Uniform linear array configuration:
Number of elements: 48
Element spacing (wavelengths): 0.75
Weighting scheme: cosine
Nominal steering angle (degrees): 30
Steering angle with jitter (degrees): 31.724
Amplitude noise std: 0.05
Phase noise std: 0.05

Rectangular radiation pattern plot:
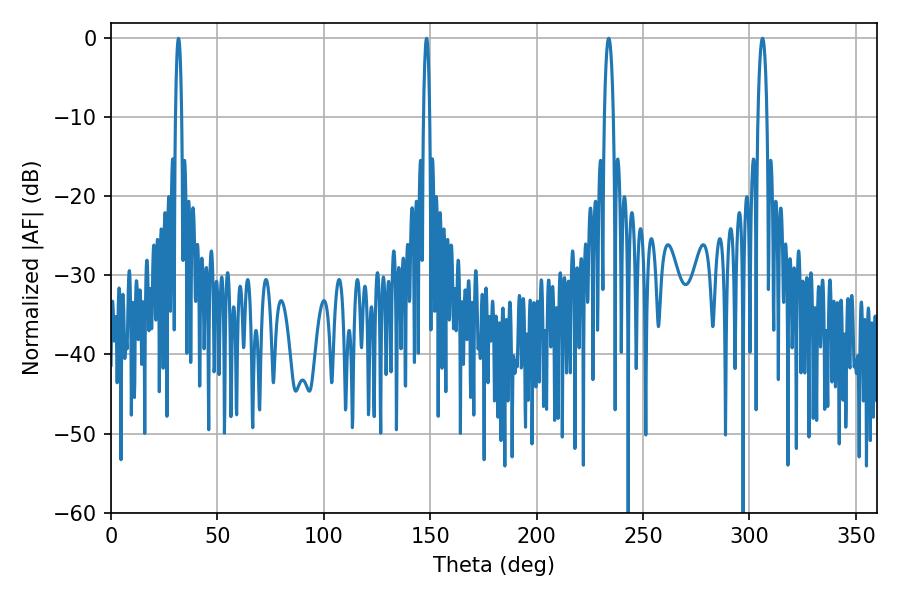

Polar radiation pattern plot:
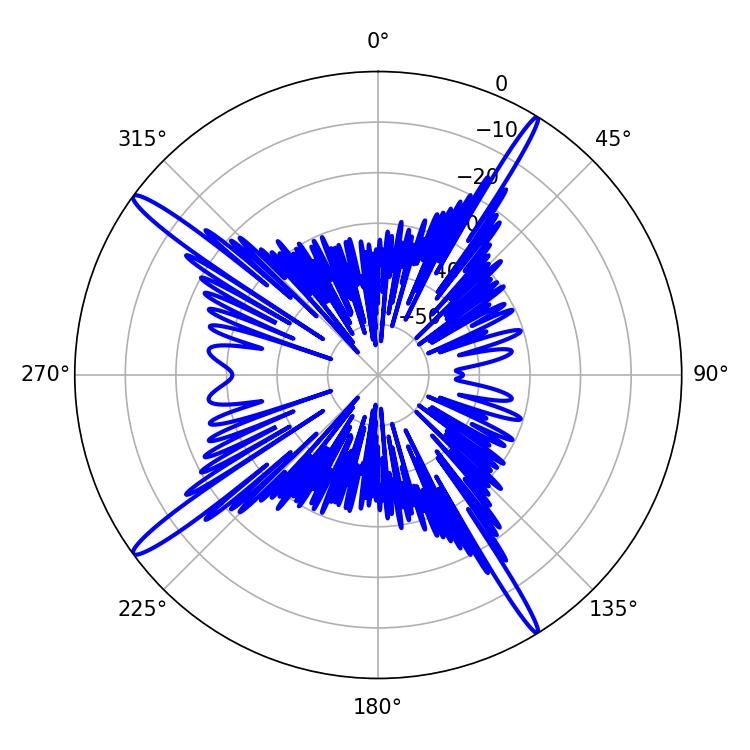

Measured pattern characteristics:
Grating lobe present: TRUE
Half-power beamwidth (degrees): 2.34
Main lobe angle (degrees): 233.82